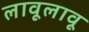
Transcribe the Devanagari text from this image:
लावूलावू